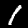
Digit: 1